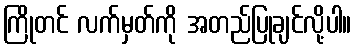
ကြိုတင် လက်မှတ်ကို အတည်ပြုချင်လို့ပါ။